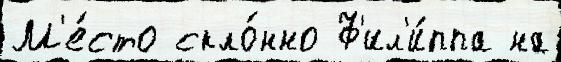
М'е́сто скло́нно Ф'ил'и́ппа на